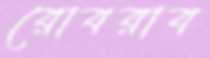
রোবরাব